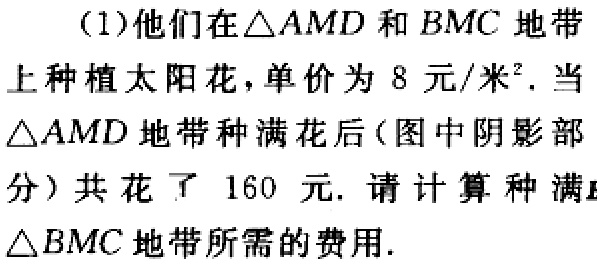
（1）他们在$\triangle AMD$和$BMC$地带
上种植太阳花，单价为$8$元/米². 当
$\triangle AMD$地带种满花后（图中阴影部
分）共花了$160$元. 请计算种满
$\triangle BMC$地带所需的费用.